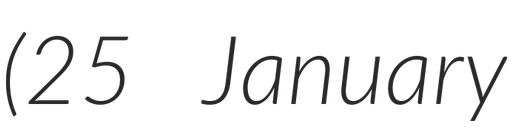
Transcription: (25 January